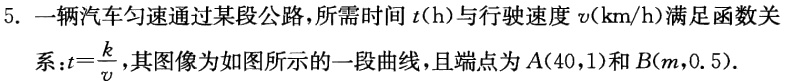
5. 一辆汽车匀速通过某段公路，所需时间\(t(\mathrm{h})\)与行驶速度\(v(\mathrm{km/h})\)满足函数关系：\(t = \frac{k}{v}\)，其图像为如图所示的一段曲线，且端点为\(A(40,1)\)和\(B(m,0.5)\)。